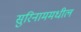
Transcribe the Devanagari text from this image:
सुरिनाममधील